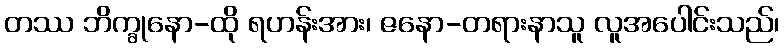
တဿ ဘိက္ခုနော-ထို ရဟန်းအား၊ ဇနော-တရားနာသူ လူအပေါင်းသည်၊